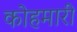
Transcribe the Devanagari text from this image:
कोहमारी